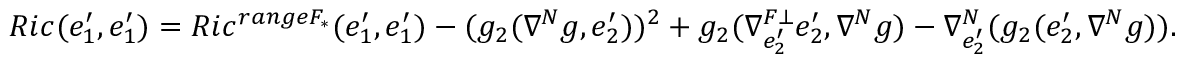
\begin{array} { l l } { R i c ( e _ { 1 } ^ { \prime } , e _ { 1 } ^ { \prime } ) = R i c ^ { r a n g e F _ { \ast } } ( e _ { 1 } ^ { \prime } , e _ { 1 } ^ { \prime } ) - ( g _ { 2 } ( \nabla ^ { N } g , e _ { 2 } ^ { \prime } ) ) ^ { 2 } + g _ { 2 } ( \nabla _ { e _ { 2 } ^ { \prime } } ^ { F \bot } e _ { 2 } ^ { \prime } , \nabla ^ { N } g ) - \nabla _ { e _ { 2 } ^ { \prime } } ^ { N } ( g _ { 2 } ( e _ { 2 } ^ { \prime } , \nabla ^ { N } g ) ) . } \end{array}